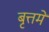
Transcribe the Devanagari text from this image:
बृत्तमे